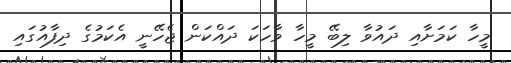
މީހާ ކަމަށާއި ދައުވާ ލިބޭ މީހާ ވާހަކަ ދައްކަން ޖެހޭނީ އެކަމުގެ ދިފާއުގައި